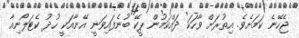
ޖެހޭނެ ކަމަށެވެ. އިތުރަށް ވާހަކަ ދައްކަމުން ޕީކޭ ބުނެފައިވަނީ އޭނާއަކީ ހުދު ކެޓަލޯނިއާ